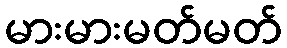
မားမားမတ်မတ်